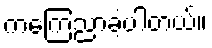
ကကြေညာခဲ့ပါတယ်။